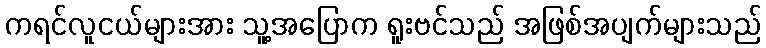
ကရင်လူငယ်များအား သူ့အပြောက ရူးဗင်သည် အဖြစ်အပျက်များသည်